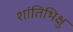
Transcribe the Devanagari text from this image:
शांतिभिक्षु